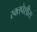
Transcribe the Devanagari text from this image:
रक्तपेशीस